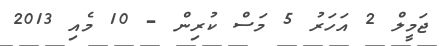
ޖަމީލް 2 އަހަރު 5 މަސް ކުރިން - 10 މެއި 2013